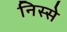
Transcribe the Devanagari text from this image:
निस्से